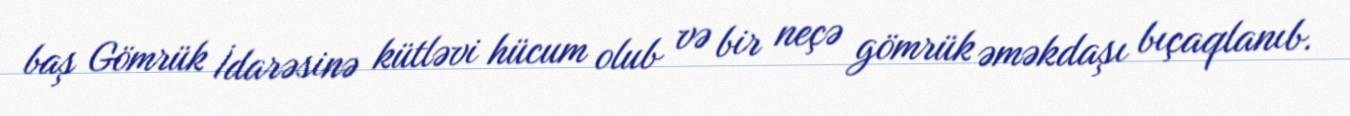
baş Gömrük İdarəsinə kütləvi hücum olub və bir neçə gömrük əməkdaşı bıçaqlanıb.